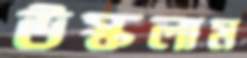
উস্‌কলাম